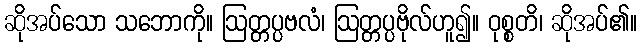
ဆိုအပ်သော သဘောကို။ ဩတ္တပ္ပဗလံ၊ ဩတ္တပ္ပဗိုလ်ဟူ၍။ ဝုစ္စတိ၊ ဆိုအပ်၏။